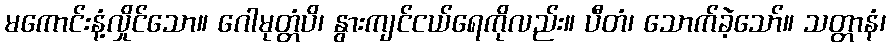
မကောင်းနံ့လှိုင်သော။ ဂေါမုတ္တံပိ၊ နွားကျင်ငယ်ရေကိုလည်း။ ပီတံ၊ သောက်ခဲ့သော်။ သတ္တာနံ၊